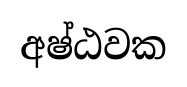
අෂ්ඨවක